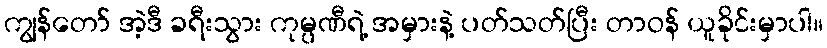
ကျွန်တော် အဲ့ဒီ ခရီးသွား ကုမ္ပဏီရဲ့ အမှားနဲ့ ပတ်သတ်ပြီး တာဝန် ယူခိုင်းမှာပါ။